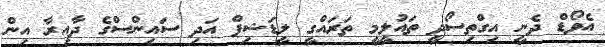
އެވޯޑް ދެނީ އިގްތިސޯދީ ތައުލީމީ ތަރައްގީ ލީޑަޝިޕް އަދި ސައިންސްގެ ދާއިރާ އިން